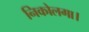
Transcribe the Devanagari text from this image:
निकोलगा।